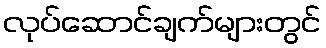
လုပ်ဆောင်ချက်များတွင်